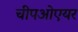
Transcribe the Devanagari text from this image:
चीपओएयर